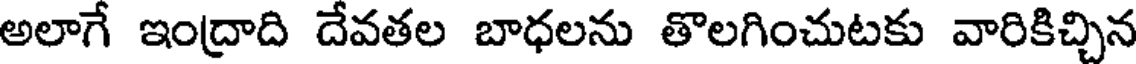
అలాగే ఇంద్రాది దేవతల బాధలను తొలగించుటకు వారికిచ్చిన